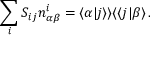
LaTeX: \sum _ { i } S _ { i j } n _ { \alpha \beta } ^ { i } = \langle \alpha | j \rangle \rangle \langle \langle j | \beta \rangle \, .